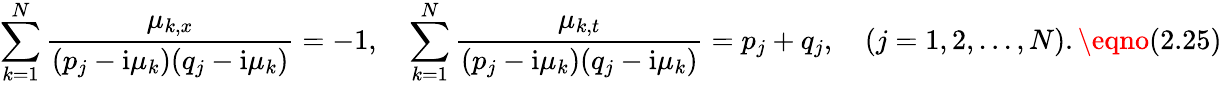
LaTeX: \sum_{k=1}^{N}{\frac{\mu_{k,x}}{(p_{j}-\mathrm{i}\mu_{k})(q_{j}-\mathrm{i}\mu_{k})}}=-1,\quad\sum_{k=1}^{N}{\frac{\mu_{k,t}}{(p_{j}-\mathrm{i}\mu_{k})(q_{j}-\mathrm{i}\mu_{k})}}=p_{j}+q_{j},\quad(j=1,2,...,N).\eqno(2.25)